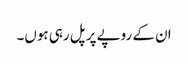
ان کے روپے پر پل رہی ہوں۔